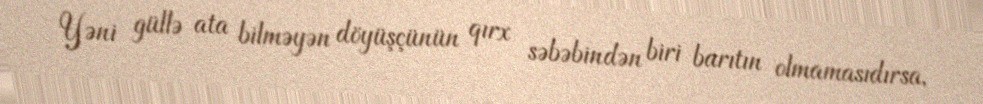
Yəni güllə ata bilməyən döyüşçünün qırx səbəbindən biri barıtın olmamasıdırsa,